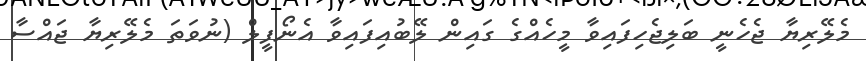
މެލޭރިޔާ ޖެހެނީ ބަލިޖެހިފައިވާ މީހެއްގެ ގައިން ލޭބުއިފައިވާ އެނޯފީލް (ނުވަތަ މެލޭރިޔާ ޖައްސާ